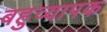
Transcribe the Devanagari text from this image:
बहुव्यापक